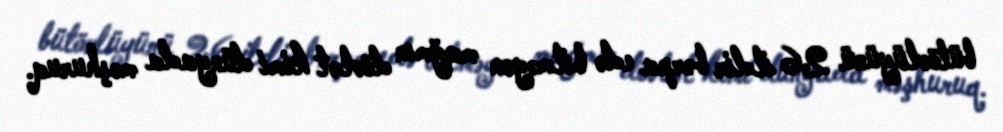
bütövlüyünü 26 ildir bərpa edə bilməyən mağmın dövlət kimi dünyada məşhuruq.